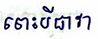
ទោះបីជាវា